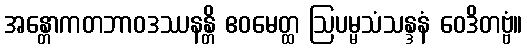
အန္တောကတဘာဝဒဿနန္တိ ဧဝမေတ္ထ ဩပမ္မသံသန္ဒနံ ဝေဒိတဗ္ဗံ။